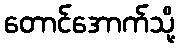
တောင်အောက်သို့